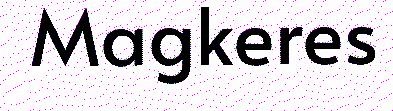
Magkeres